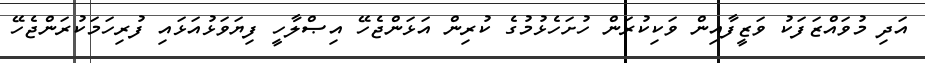
އަދި މުވައްޒަފަކު ވަޒީފާއިން ވަކިކުރަން ހުށަހެޅުމުގެ ކުރިން އަޅަންޖެހޭ އިޞްލާހީ ފިޔަވަޅުއަޅައި ފުރިހަމަކުރަންޖެހޭ